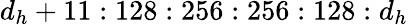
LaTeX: d_{h}+11:128:256:256:128:d_{h}